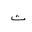
Letter: _tha